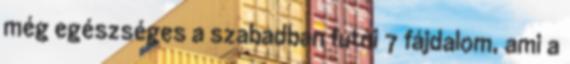
még egészséges a szabadban futni 7 fájdalom, ami a